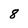
Character: 8